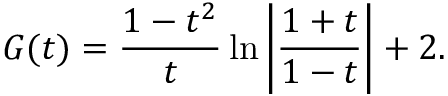
G ( t ) = \frac { 1 - t ^ { 2 } } { t } \ln \left| \frac { 1 + t } { 1 - t } \right| + 2 .